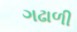
ગઢાળી